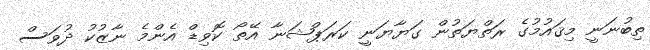
ތިބުނަނީ މިޤައުމުގެ ރަތްޔަތުން ގަޔާޔަނީ ކަރަޕްޝަނާ އޭތޯ ކޮވިޑް އެންމެ ނާޒުކު ދުވަސް